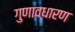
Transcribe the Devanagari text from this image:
गुणावधारण